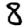
Digit: 8